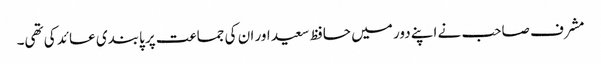
مشرف صاحب نے اپنے دور میں حافظ سعید اور ان کی جماعت پر پابندی عائد کی تھی۔